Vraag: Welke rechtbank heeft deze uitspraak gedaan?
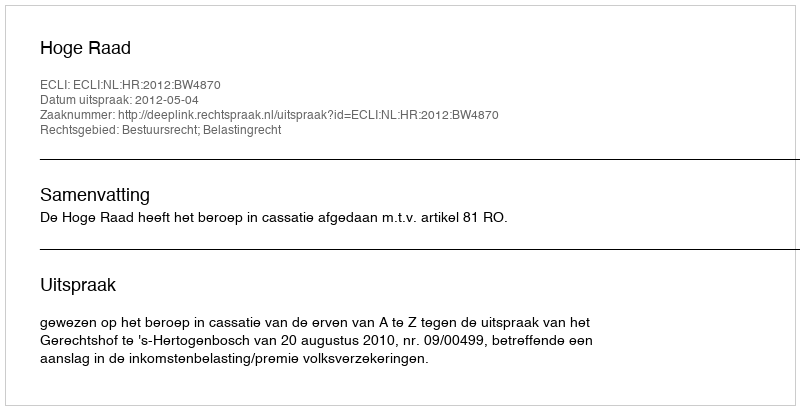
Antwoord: Hoge Raad